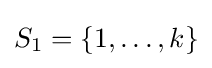
S_{1}=\left\{1,\ldots ,k\right\}